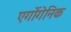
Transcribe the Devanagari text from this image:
एर्गोगेनिक